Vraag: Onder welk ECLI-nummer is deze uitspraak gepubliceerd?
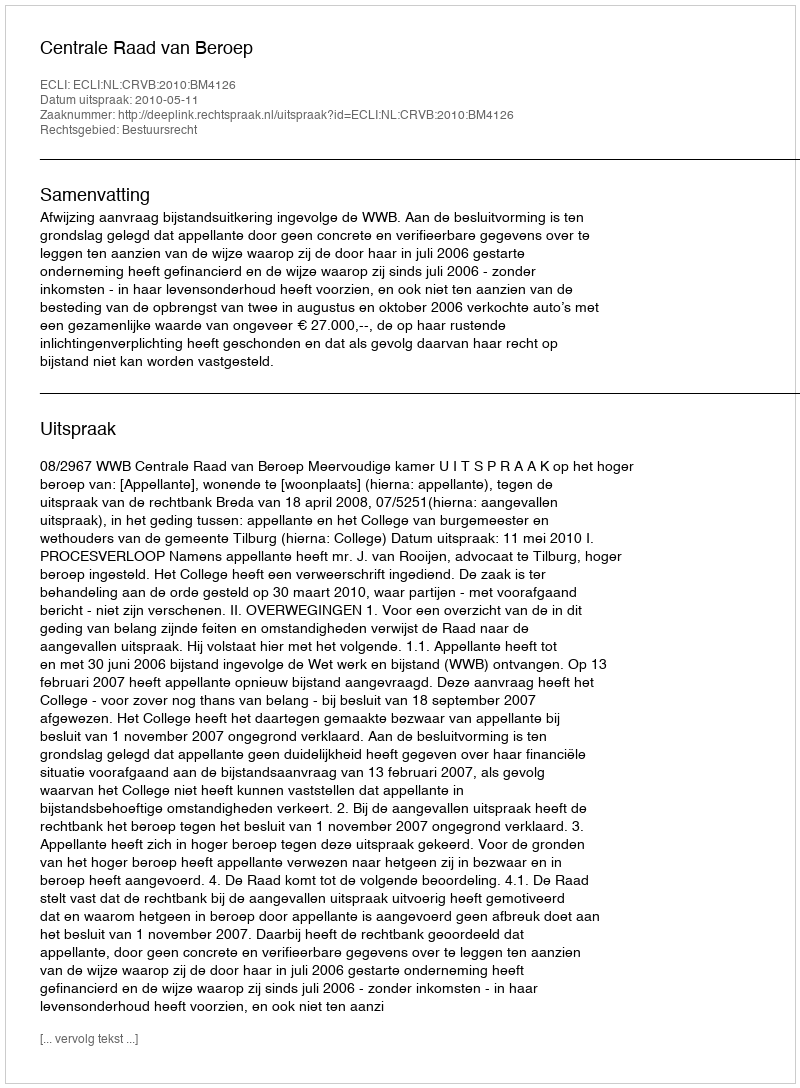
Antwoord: ECLI:NL:CRVB:2010:BM4126